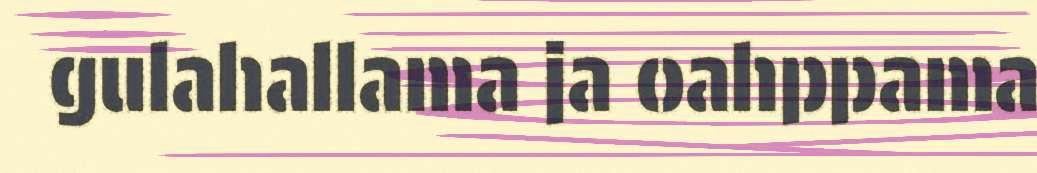
gulahallama ja oahppama